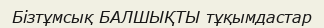
Бізтұмсық БАЛШЫҚТЫ тұқымдастар